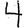
Digit: 4